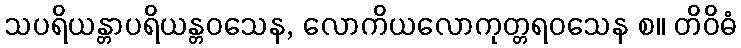
သပရိယန္တာပရိယန္တဝသေန, လောကိယလောကုတ္တရဝသေန စ။ တိဝိဓံ